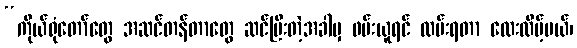
“ကိုယ်ရုံတော်တွေ အဆင်တန်တာတွေ ဆင်ပြီးတဲ့အခါမှ ဖမ်းယူရင် ထမ်းရတာ လေးလိမ့်မယ်၊